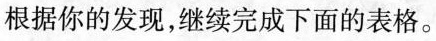
根据你的发现，继续完成下面的表格。